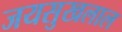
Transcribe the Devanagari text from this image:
जयसुखलाल